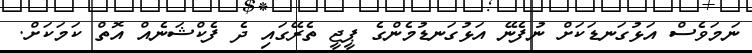
ނަމަވެސް އަޅުގަނޑަކަށް ނުފެނޭ އަޅުގަނޑުމެންގެ ޕީޖީ ތެރޭގައި ދެ ފެކްޝަނެއް އޮތް ކަމަކަށް.